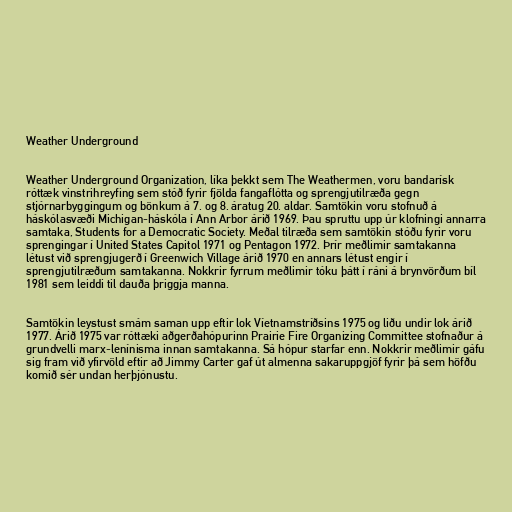
Weather Underground

Weather Underground Organization, líka þekkt sem The Weathermen, voru bandarísk
róttæk vinstrihreyfing sem stóð fyrir fjölda fangaflótta og sprengjutilræða gegn
stjórnarbyggingum og bönkum á 7. og 8. áratug 20. aldar. Samtökin voru stofnuð á
háskólasvæði Michigan-háskóla í Ann Arbor árið 1969. Þau spruttu upp úr klofningi annarra
samtaka, Students for a Democratic Society. Meðal tilræða sem samtökin stóðu fyrir voru
sprengingar í United States Capitol 1971 og Pentagon 1972. Þrír meðlimir samtakanna
létust við sprengjugerð í Greenwich Village árið 1970 en annars létust engir í
sprengjutilræðum samtakanna. Nokkrir fyrrum meðlimir tóku þátt í ráni á brynvörðum bíl
1981 sem leiddi til dauða þriggja manna.

Samtökin leystust smám saman upp eftir lok Víetnamstríðsins 1975 og liðu undir lok árið
1977. Árið 1975 var róttæki aðgerðahópurinn Prairie Fire Organizing Committee stofnaður á
grundvelli marx-lenínisma innan samtakanna. Sá hópur starfar enn. Nokkrir meðlimir gáfu
sig fram við yfirvöld eftir að Jimmy Carter gaf út almenna sakaruppgjöf fyrir þá sem höfðu
komið sér undan herþjónustu.